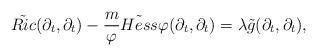
LaTeX: \begin{align*}\tilde{Ric}(\partial_t,\partial_t)-\frac{m}{\varphi} \tilde{Hess}\varphi(\partial_t,\partial_t)=\lambda \tilde{g}(\partial_t,\partial_t),\end{align*}